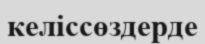
келіссөздерде